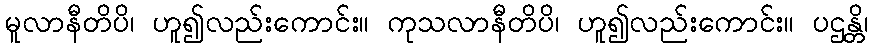
မူလာနီတိပိ၊ ဟူ၍လည်းကောင်း။ ကုသလာနီတိပိ၊ ဟူ၍လည်းကောင်း။ ပဌန္တိ၊